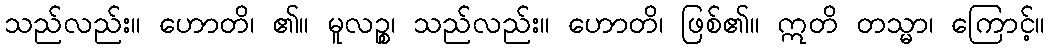
သည်လည်း။ ဟောတိ၊ ၏။ မူလဉ္စ၊ သည်လည်း။ ဟောတိ၊ ဖြစ်၏။ ဣတိ တသ္မာ၊ ကြောင့်။